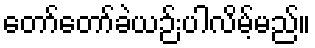
တော်တော်ခဲယဉ်းပါလိမ့်မည်။